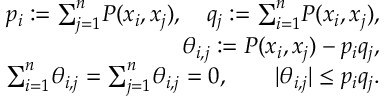
\begin{array} { r l r } & { } & { p _ { i } : = { \sum } _ { j = 1 } ^ { n } P ( x _ { i } , x _ { j } ) , \quad q _ { j } : = { \sum } _ { i = 1 } ^ { n } P ( x _ { i } , x _ { j } ) , } \\ & { } & { \theta _ { i , j } : = P ( x _ { i } , x _ { j } ) - p _ { i } q _ { j } , } \\ & { } & { { \sum } _ { i = 1 } ^ { n } \theta _ { i , j } = { \sum } _ { j = 1 } ^ { n } \theta _ { i , j } = 0 , \qquad | \theta _ { i , j } | \leq p _ { i } q _ { j } . } \end{array}